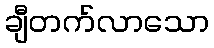
ချီတက်လာသော